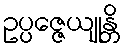
ဥပ္ပဇ္ဇေယျုန္တိ